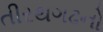
તીરથગઢનો